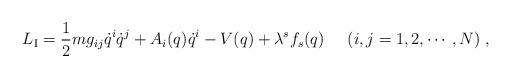
LaTeX: \begin{align*}L_{\rm I}=\frac{1}{2}mg_{ij}\dot{q}^i\dot{q}^j+A_i(q)\dot{q}^i-V(q)+\lambda^s f_s(q) \;\;\;\;\;(i,j=1,2,\cdots,N) \;,\end{align*}